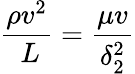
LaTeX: {\frac{\rho v^{2}}{\ L}}={\frac{\mu v}{\delta_{2}^{2}}}